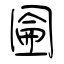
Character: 圇